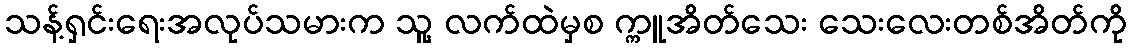
သန့်ရှင်းရေးအလုပ်သမားက သူ့ လက်ထဲမှစ က္ကူအိတ်သေး သေးလေးတစ်အိတ်ကို